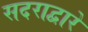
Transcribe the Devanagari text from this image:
सदराद्वारे